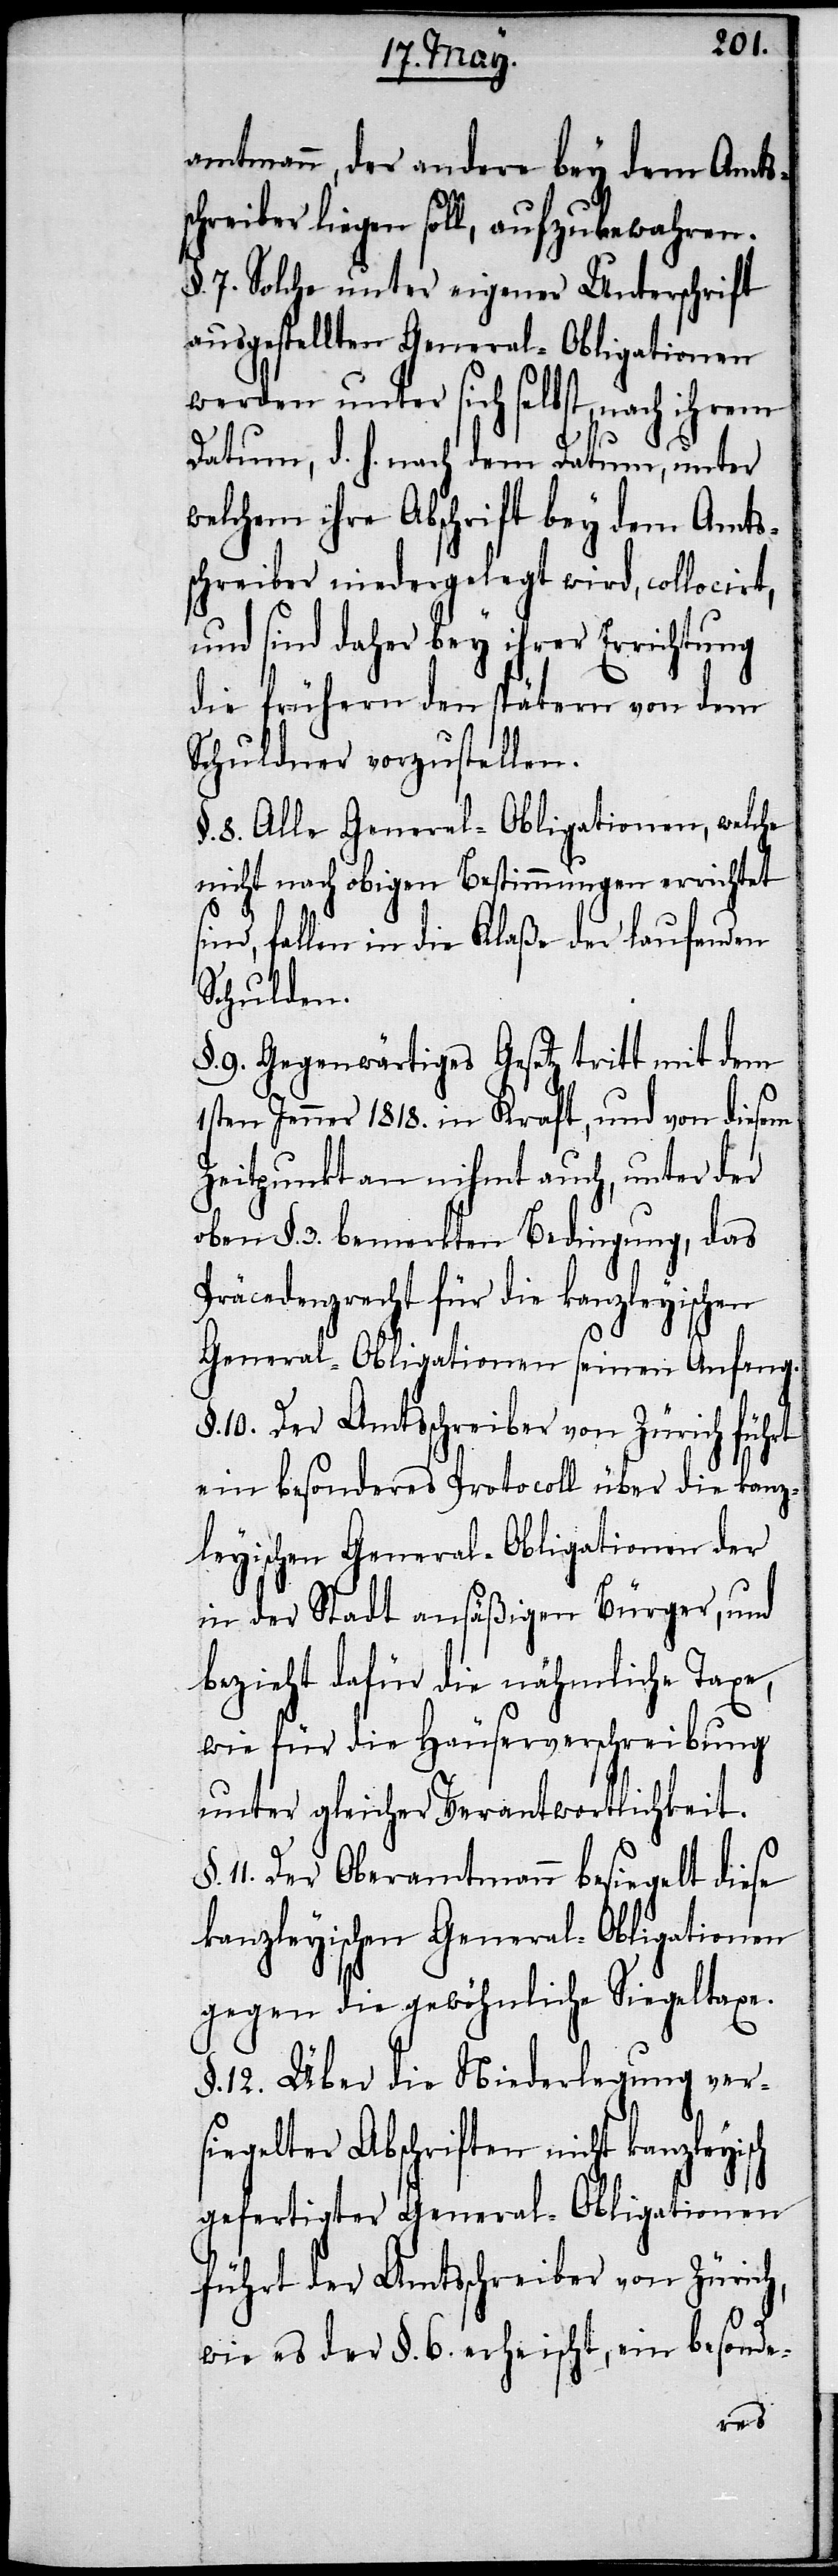
amtmann, der andere bey dem Amts¬
schreiber liegen soll, aufzubewahren.
§. 7. Solche unter eigener Unterschrift
ausgestellten General-Obligationen
werden unter sich selbst, nach ihrem
Datum, d. h. nach dem Datum, unter
welchem ihre Abschrift bey dem Amts¬
schreiber niedergelegt wird, collocirt,
und sind daher bey ihrer Errichtung
die frühern den spätern von dem
Schuldner vorzustellen.
§. 8. Alle General-Obligationen, welche
nicht nach obigen Bestimmungen errichtet
sind, fallen in die Klaße der laufenden
Schulden.
§. 9. Gegenwärtiges Gesetz tritt mit dem
1sten Jenner 1818. in Kraft, und von diesem
Zeitpunkte an nihmt auch, unter der
oben §. 3. bemerkten Bedingung, das
Präcedenzrecht für die kanzleyischen
General-Obligationen seinen Anfang.
10. Der Amtsschreiber von Zürich führt
ein besonderes Protocoll über die kanz¬
leyischen General-Obligationen der
in der Stadt ansäßigen Bürger, und
bezieht dafür die nähmliche Taxe,
wie für die Häuserverschreibung
unter gleicher Verantwortlichkeit.
11. Der Oberamtmann besiegelt diese
kanzleyischen General-Obligationen
gegen die gewöhnliche Siegeltaxe.
§. 12. Über die Niederlegung ver¬
siegelter Abschriften nicht kanzleyisch
gefertigter General-Obligationen
führt der Amtsschreiber von Zürich,
wie es der §. 6. erheischt, ein besonde-